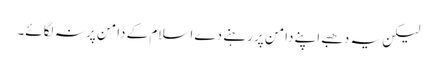
لیکن یہ دھبے اپنے دامن پر رہنے دے اسلام کے دامن پر نہ لگائے۔